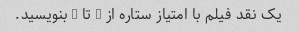
یک نقد فیلم با امتیاز ستاره از 1 تا 5 بنویسید.